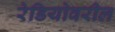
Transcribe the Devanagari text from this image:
रेडियोवरील